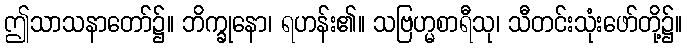
ဤသာသနာတော်၌။ ဘိက္ခုနော၊ ရဟန်း၏။ သဗြဟ္မစာရီသု၊ သီတင်းသုံးဖော်တို့၌။